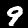
Label: 9